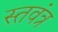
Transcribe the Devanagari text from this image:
स्तवंत्र